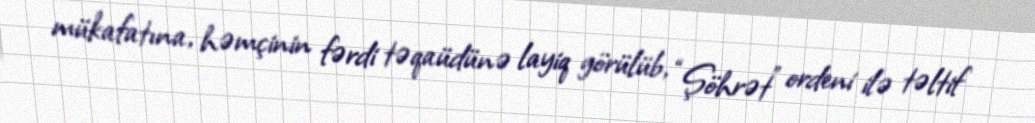
mükafatına, həmçinin fərdi təqaüdünə layiq görülüb, “Şöhrət” ordeni ilə təltif